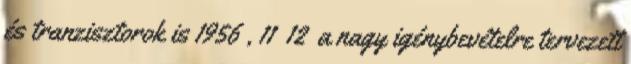
és tranzisztorok is 1956 , 11 12 a nagy igénybevételre tervezett